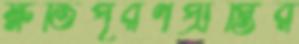
ক্ষতিপূরণপ্রাপ্তির